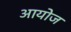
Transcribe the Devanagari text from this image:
आयोज